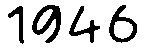
1946